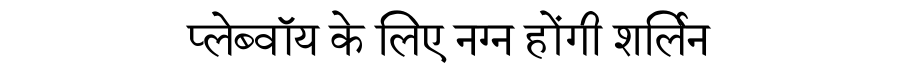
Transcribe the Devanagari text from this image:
प्लेब्वॉय के लिए नग्न होंगी शर्लिन